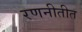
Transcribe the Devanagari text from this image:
रणनीतीत